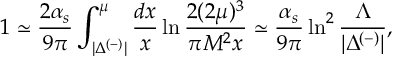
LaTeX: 1 \simeq \frac { 2 \alpha _ { s } } { 9 \pi } \int _ { | \Delta ^ { ( - ) } | } ^ { \mu } \frac { d x } { x } \ln \frac { 2 ( 2 \mu ) ^ { 3 } } { \pi M ^ { 2 } x } \simeq \frac { \alpha _ { s } } { 9 \pi } \ln ^ { 2 } \frac { \Lambda } { | \Delta ^ { ( - ) } | } ,